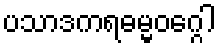
ပသာဒကရဓမ္မဝဂ္ဂေါ